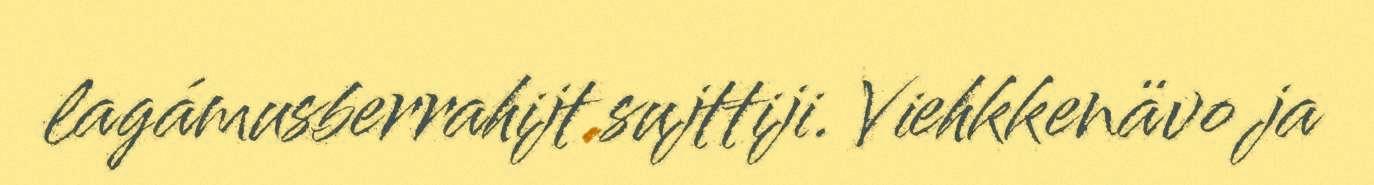
lagámusberrahijt sujttiji. Viehkkenävo ja